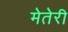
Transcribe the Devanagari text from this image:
मेतेरी